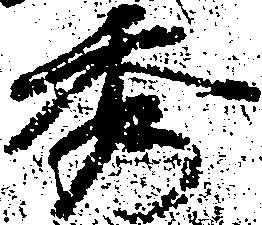
秀